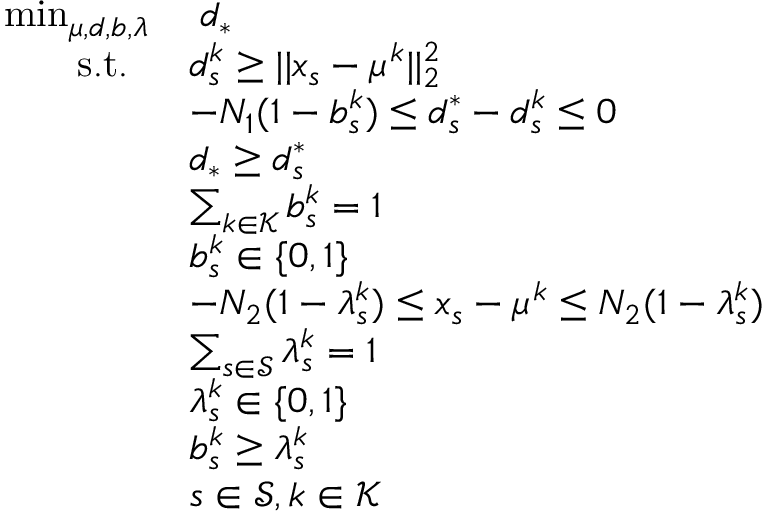
\begin{array} { r l } { \operatorname* { m i n } _ { \mu , d , b , \lambda } } & { \; d _ { * } } \\ { \mathrm { s . t . } \; \; } & { d _ { s } ^ { k } \geq | | x _ { s } - \mu ^ { k } | | _ { 2 } ^ { 2 } } \\ & { - N _ { 1 } ( 1 - b _ { s } ^ { k } ) \leq d _ { s } ^ { * } - d _ { s } ^ { k } \leq 0 } \\ & { d _ { * } \geq d _ { s } ^ { * } } \\ & { \sum _ { k \in \mathcal { K } } b _ { s } ^ { k } = 1 } \\ & { b _ { s } ^ { k } \in \{ 0 , 1 \} } \\ & { - N _ { 2 } ( 1 - \lambda _ { s } ^ { k } ) \leq x _ { s } - \mu ^ { k } \leq N _ { 2 } ( 1 - \lambda _ { s } ^ { k } ) } \\ & { \sum _ { s \in \mathcal { S } } \lambda _ { s } ^ { k } = 1 } \\ & { \lambda _ { s } ^ { k } \in \{ 0 , 1 \} } \\ & { b _ { s } ^ { k } \geq \lambda _ { s } ^ { k } } \\ & { s \in \mathcal { S } , k \in \mathcal { K } } \end{array}